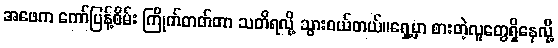
အဖေက ကော်ပြန့်စိမ်း ကြိုက်တတ်တာ သတိရလို့ သွားဝယ်တယ်။ရှေ့မှာ စားတဲ့လူတွေရှိနေလို့